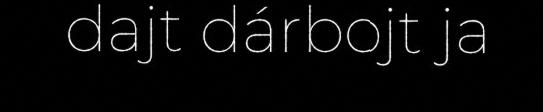
dajt dárbojt ja